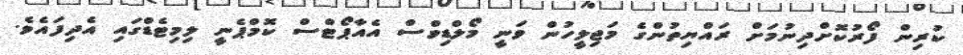
ކުރިން ފޯރުކޮށްދިނުމަށް ރައްޔިތުންގެ މަޖިލީހުން ވަނީ މޯލްޑިވްސް އެއާޕޯޓްސް ކޮމްޕެނީ ލިމިޓެޑްގައި އެދިފައެވެ.